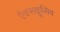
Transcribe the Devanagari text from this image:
ऍक्सक्लूसिव